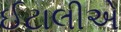
ઈટાલીએ